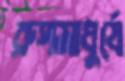
রূপমাধুর্যে